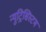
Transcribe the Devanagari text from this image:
न्युट्रिसिस्टम